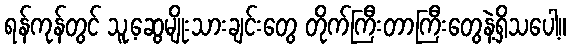
ရန်ကုန်တွင် သူ့ဆွေမျိုးသားချင်းတွေ တိုက်ကြီးတာကြီးတွေနဲ့ရှိသပေါ့။